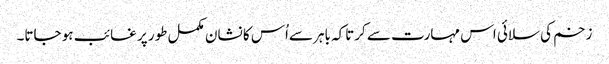
زخم کی سلائی اس مہارت سے کرتاکہ باہر سےاُس کا نشان مکمل طور پر غائب ہو جاتا۔